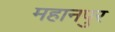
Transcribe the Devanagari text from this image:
महानपुर